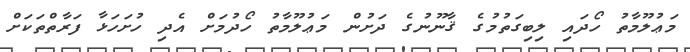
މަޢުލޫމާތު ހޯދައި ލިބިގަތުމުގެ ޤާނޫނުގެ ދަށުން މަޢުލޫމާތު ހޯދުމަށް އެދި ހުށަހަޅާ ފަރާތްތަކަށް